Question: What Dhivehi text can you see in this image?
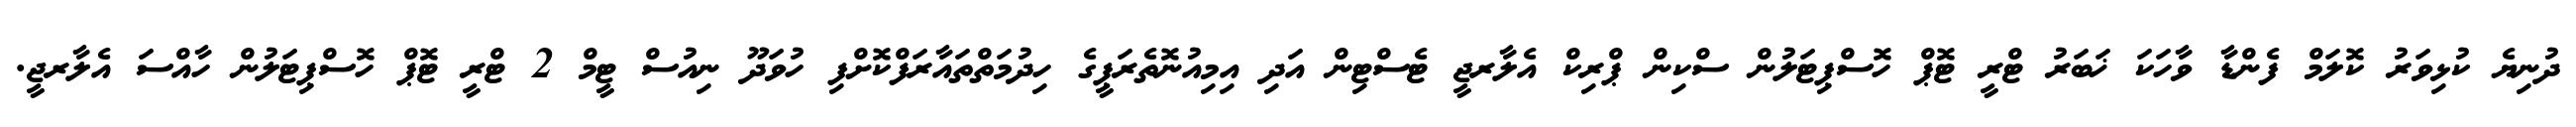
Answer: ދުނިޔެ ކުޅިވަރު ކޮލަމް ފެންޑާ ވާހަކަ ޚަބަރު ޓްރީ ޓޮޕް ހޮސްޕިޓަލުން ސްކިން ޕްރިކް އެލާރޖީ ޓެސްޓިން އަދި އިމިއުނޮތެރަޕީގެ ހިދުމަތްތައާރަފްކޮށްފި ހުވަދޫ ނިއުސް ޓީމް 2 ޓްރީ ޓޮޕް ހޮސްޕިޓަލުން ހާއްސަ އެލާރޖީ.